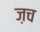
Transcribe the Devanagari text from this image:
ज़च